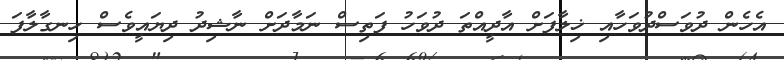
އެހެން ދުވަސްދުވަހާއި ޚިލާފަށް އާދީއްތަ ދުވަހު ފަތިސް ނަމާދަށް ނާޝިދު ދިޔައީވެސް ހިނގާލާފަ